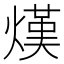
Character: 熯